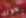
لاوري